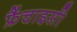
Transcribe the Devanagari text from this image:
फ्रैंचाइसी